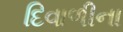
દિવાળીના